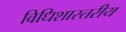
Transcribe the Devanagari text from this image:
विधिशास्तरीय